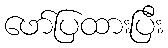
ဖော်ပြထားပြီး